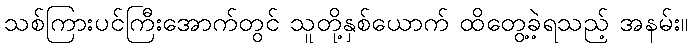
သစ်ကြားပင်ကြီးအောက်တွင် သူတို့နှစ်ယောက် ထိတွေ့ခဲ့ရသည့် အနမ်း။